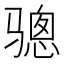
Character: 骢